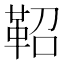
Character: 鞀